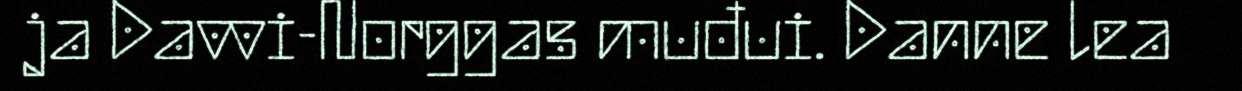
ja Davvi-Norggas muđui. Danne lea